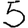
Digit: 5